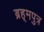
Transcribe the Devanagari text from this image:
ब्रह्‌मपुत्र